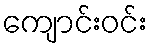
ကျောင်းဝင်း